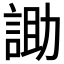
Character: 𮘑